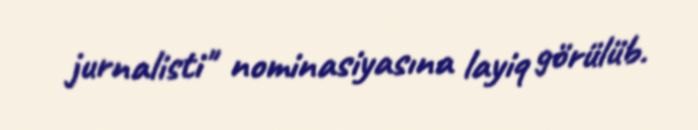
jurnalisti" nominasiyasına layiq görülüb.